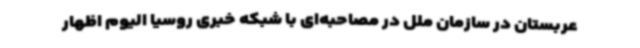
عربستان در سازمان ملل در مصاحبه‌ای با شبکه خبری روسیا الیوم اظهار